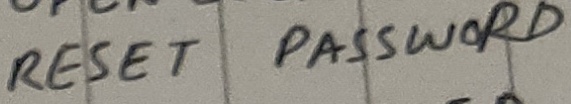
Text: RESET PASSWORD